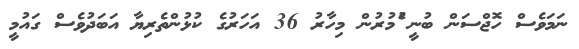
ނަމަވެސް ހޮޖްސަން ބުނީ ެުމުރުން މިހާރު 36 އަހަރުގެ ކުޅުންތެރިިޔާ އަބަދުވެސް ގައުމީ